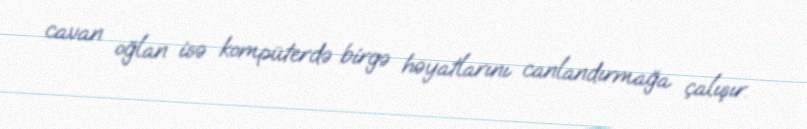
cavan oğlan isə kompüterdə birgə həyatlarını canlandırmağa çalışır.